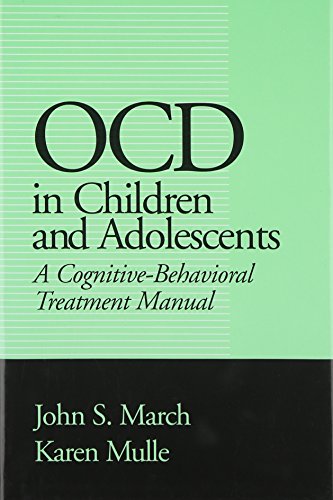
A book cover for OCD in Children and Adolescents: A Cognitive-Behavioral Treatment Manual; John S. March MD  MPH; Medical Books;